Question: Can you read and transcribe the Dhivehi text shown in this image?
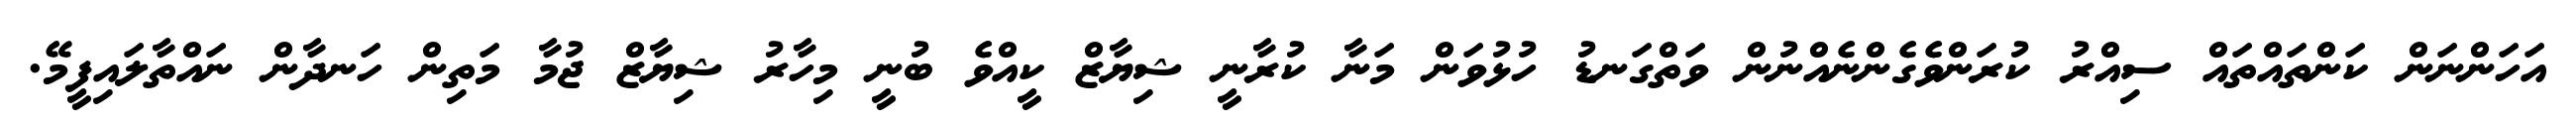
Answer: އަހަންނަން ކަންތައްތައް ސިއްރު ކުރަންވެގެންނެއްނުން ވަތްގަނޑު ހުޅުވަން މަނާ ކުރާނީ ޝިޔާޒް ކީއްވެ ބުނީ މިހާރު ޝިޔާޒް ޖުމާ މަތިން ހަނދާން ނައްތާލައިފީމޭ.